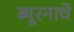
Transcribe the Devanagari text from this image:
ब्यूरनाचे